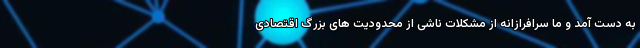
به دست آمد و ما سرافرازانه از مشکلات ناشی از محدودیت های بزرگ اقتصادی